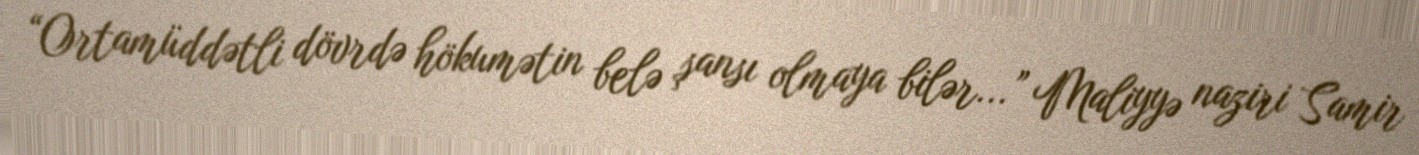
“Ortamüddətli dövrdə hökumətin belə şansı olmaya bilər...” Maliyyə naziri Samir